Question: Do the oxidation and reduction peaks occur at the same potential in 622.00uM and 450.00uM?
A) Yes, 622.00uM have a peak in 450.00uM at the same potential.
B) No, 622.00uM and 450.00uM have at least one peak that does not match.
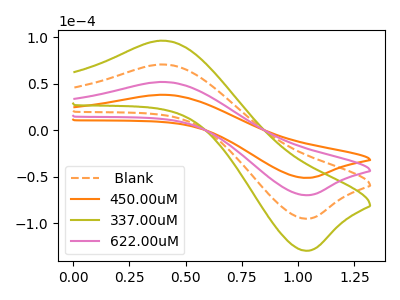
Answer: <think>The orange dashed curve " Blank" has an anodic peak at (0.40V, 103.75uA) and a cathodic peak at (1.05V, -139.65uA). The orange curve "450.00uM" has an anodic peak at (0.40V, 38.10uA) and a cathodic peak at (1.05V, -51.25uA). The olive curve "337.00uM" has an anodic peak at (0.40V, 155.60uA) and a cathodic peak at (1.05V, -209.50uA). The pink curve "622.00uM" has an anodic peak at (0.40V, 51.85uA) and a cathodic peak at (1.05V, -69.85uA).</think>
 <answer>A) Yes, "622.00uM" have a peak in "450.00uM" at the same potential.</answer>
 <eval>A</eval>